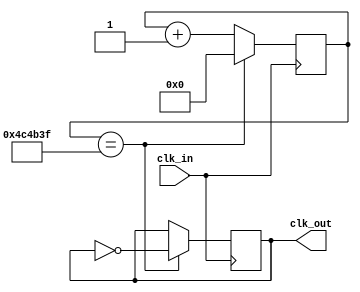
/*
Basic verilog clock Divider

Copyright  2020 <Koos du Preez - kdupreez@hotmail.com>

This is free and unencumbered software released into the public domain.

Anyone is free to copy, modify, publish, use, compile, sell, or
distribute this software, either in source code form or as a compiled
binary, for any purpose, commercial or non-commercial, and by any
means.

In jurisdictions that recognize copyright laws, the author or authors
of this software dedicate any and all copyright interest in the
software to the public domain. We make this dedication for the benefit
of the public at large and to the detriment of our heirs and
successors. We intend this dedication to be an overt act of
relinquishment in perpetuity of all present and future rights to this
software under copyright law.

THE SOFTWARE IS PROVIDED "AS IS", WITHOUT WARRANTY OF ANY KIND,
EXPRESS OR IMPLIED, INCLUDING BUT NOT LIMITED TO THE WARRANTIES OF
MERCHANTABILITY, FITNESS FOR A PARTICULAR PURPOSE AND NONINFRINGEMENT.
IN NO EVENT SHALL THE AUTHORS BE LIABLE FOR ANY CLAIM, DAMAGES OR
OTHER LIABILITY, WHETHER IN AN ACTION OF CONTRACT, TORT OR OTHERWISE,
ARISING FROM, OUT OF OR IN CONNECTION WITH THE SOFTWARE OR THE USE OR
OTHER DEALINGS IN THE SOFTWARE.

For more information, please refer to <https://unlicense.org>
*/

module clock_div
	 #(	//External clock frequency
			parameter CLK_IN_HZ = 50000000, 
			// 100us = 10hz clock
			parameter CLK_OUT_HZ = 10) 
		
		(	input clk_in,
			output reg clk_out);

// divider
parameter clk_div = CLK_IN_HZ / CLK_OUT_HZ - 1;

reg [31:0] clk_counter;
initial clk_counter = 0;

// process clock division..
always @(posedge clk_in)
begin

	if (clk_counter == clk_div)
	begin
		clk_out <= ~clk_out;
		clk_counter <= 32'b0;
	end
	else
	begin
		clk_counter <= clk_counter + 1;
	end
	
end

endmodule